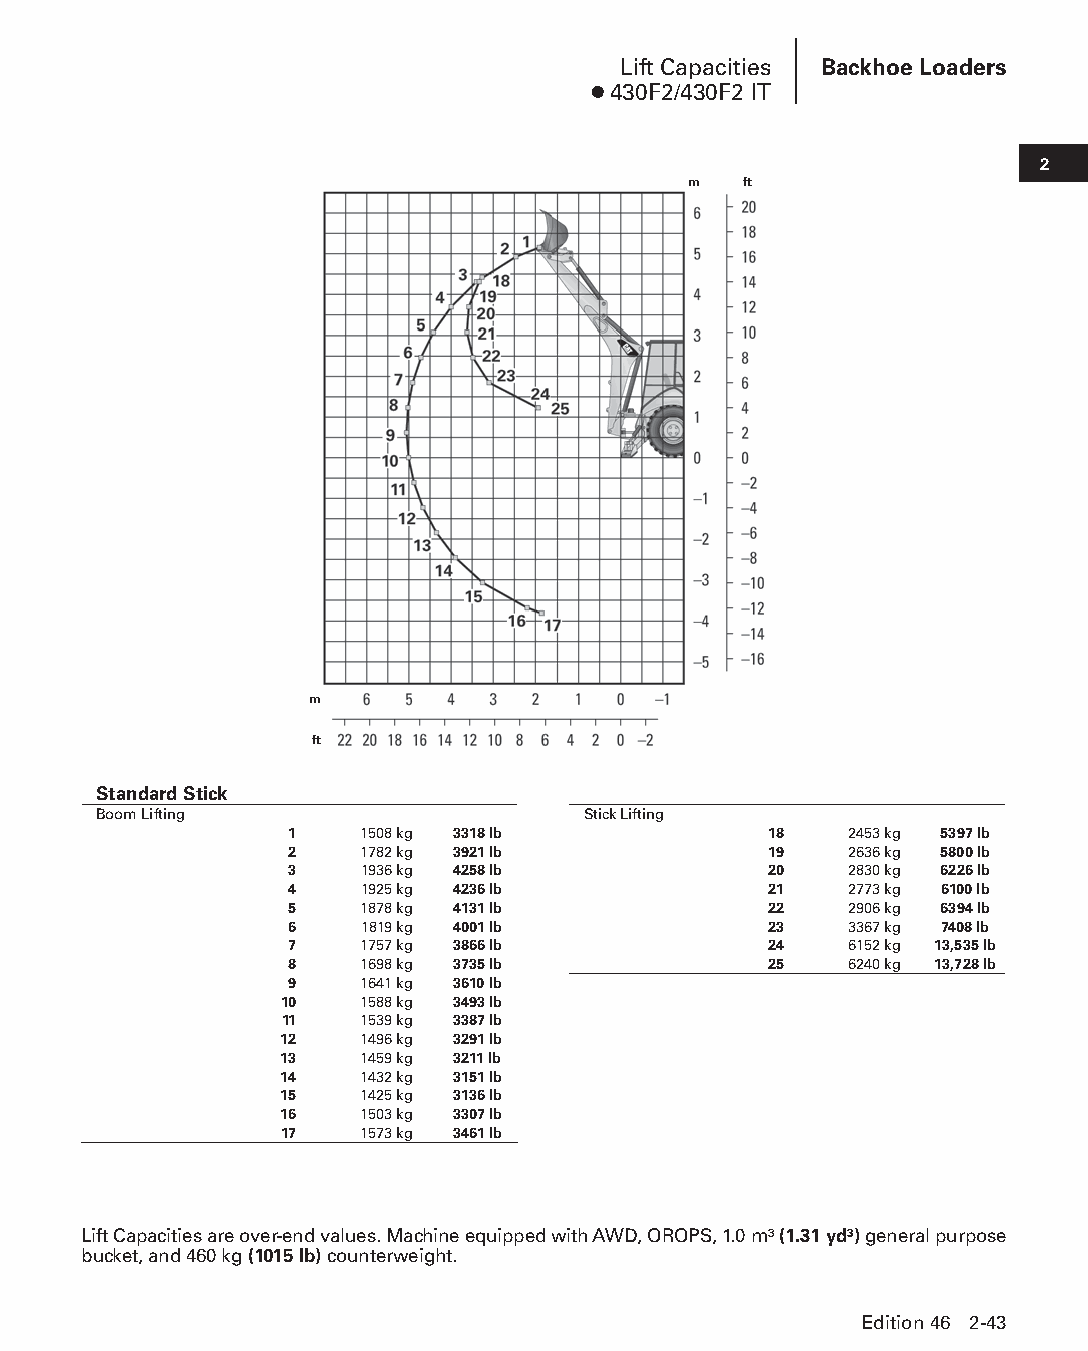
Lift Capacities Backhoe Loaders
 ● 430F2/430F2 IT
 2
 m   ft
 m
 ft
 Standard Stick
 Boom Lifting                    Stick Lifting
 1    1508 kg 3318 lb            18   2453 kg 5397 lb
 2    1782 kg 3921 lb            19   2636 kg 5800 lb
 3    1936 kg 4258 lb            20   2830 kg 6226 lb
 4    1925 kg 4236 lb            21   2773 kg 6100 lb
 5    1878 kg 4131 lb            22   2906 kg 6394 lb
 6    1819 kg 4001 lb            23   3367 kg 7408 lb
 7    1757 kg 3866 lb            24   6152 kg 13,535 lb
 8    1698 kg 3735 lb            25   6240 kg 13,728 lb
 9    1641 kg 3610 lb
 10   1588 kg 3493 lb
 11   1539 kg 3387 lb
 12   1496 kg 3291 lb
 13   1459 kg 3211 lb
 14   1432 kg 3151 lb
 15   1425 kg 3136 lb
 16   1503 kg 3307 lb
 17   1573 kg 3461 lb
 Lift Capacities are over-end values. Machine equipped with AWD, OROPS, 1.0 m3 (1.31 yd3) general purpose
 bucket, and 460 kg (1015 lb) counterweight.
 Edition 46 2-43
 PPHHBB--SSeecc0022--1166..iinndddd 4433                        1122//44//1155 1100::2255 AAMM